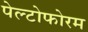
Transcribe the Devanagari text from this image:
पेल्टोफोरम